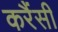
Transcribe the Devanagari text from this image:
करैंसी